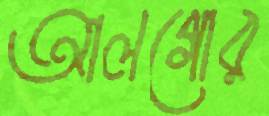
আলগোর